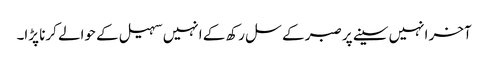
آخر انہیں سینے پر صبر کے سل رکھ کے انہیں سہیل کے حوالے کرنا پڑا۔